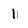
Character: 1